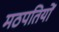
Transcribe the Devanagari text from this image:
मठपतियों